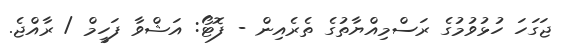
ޖަގަހަ ހުޅުވުމުގެ ރަސްމިއްޔާތުގެ ތެރެއިން - ފޮޓޯ: އަޝްވާ ފަހީމް / ރާއްޖެ.